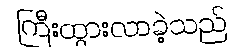
ကြီးထွားလာခဲ့သည်